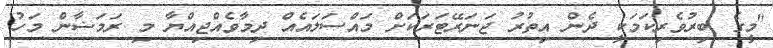
"މީގެ ބިރުވެރިކަމަކީ ދެން އިތުރު ޖަނަރޭޓަރަކަށް މައްސަލައެއް ދިމާވެއްޖިއްޔާ މި ރަމަޟާން މަހު